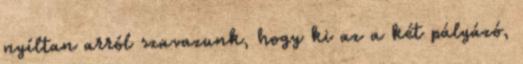
nyíltan arról szavazunk, hogy ki az a két pályázó,